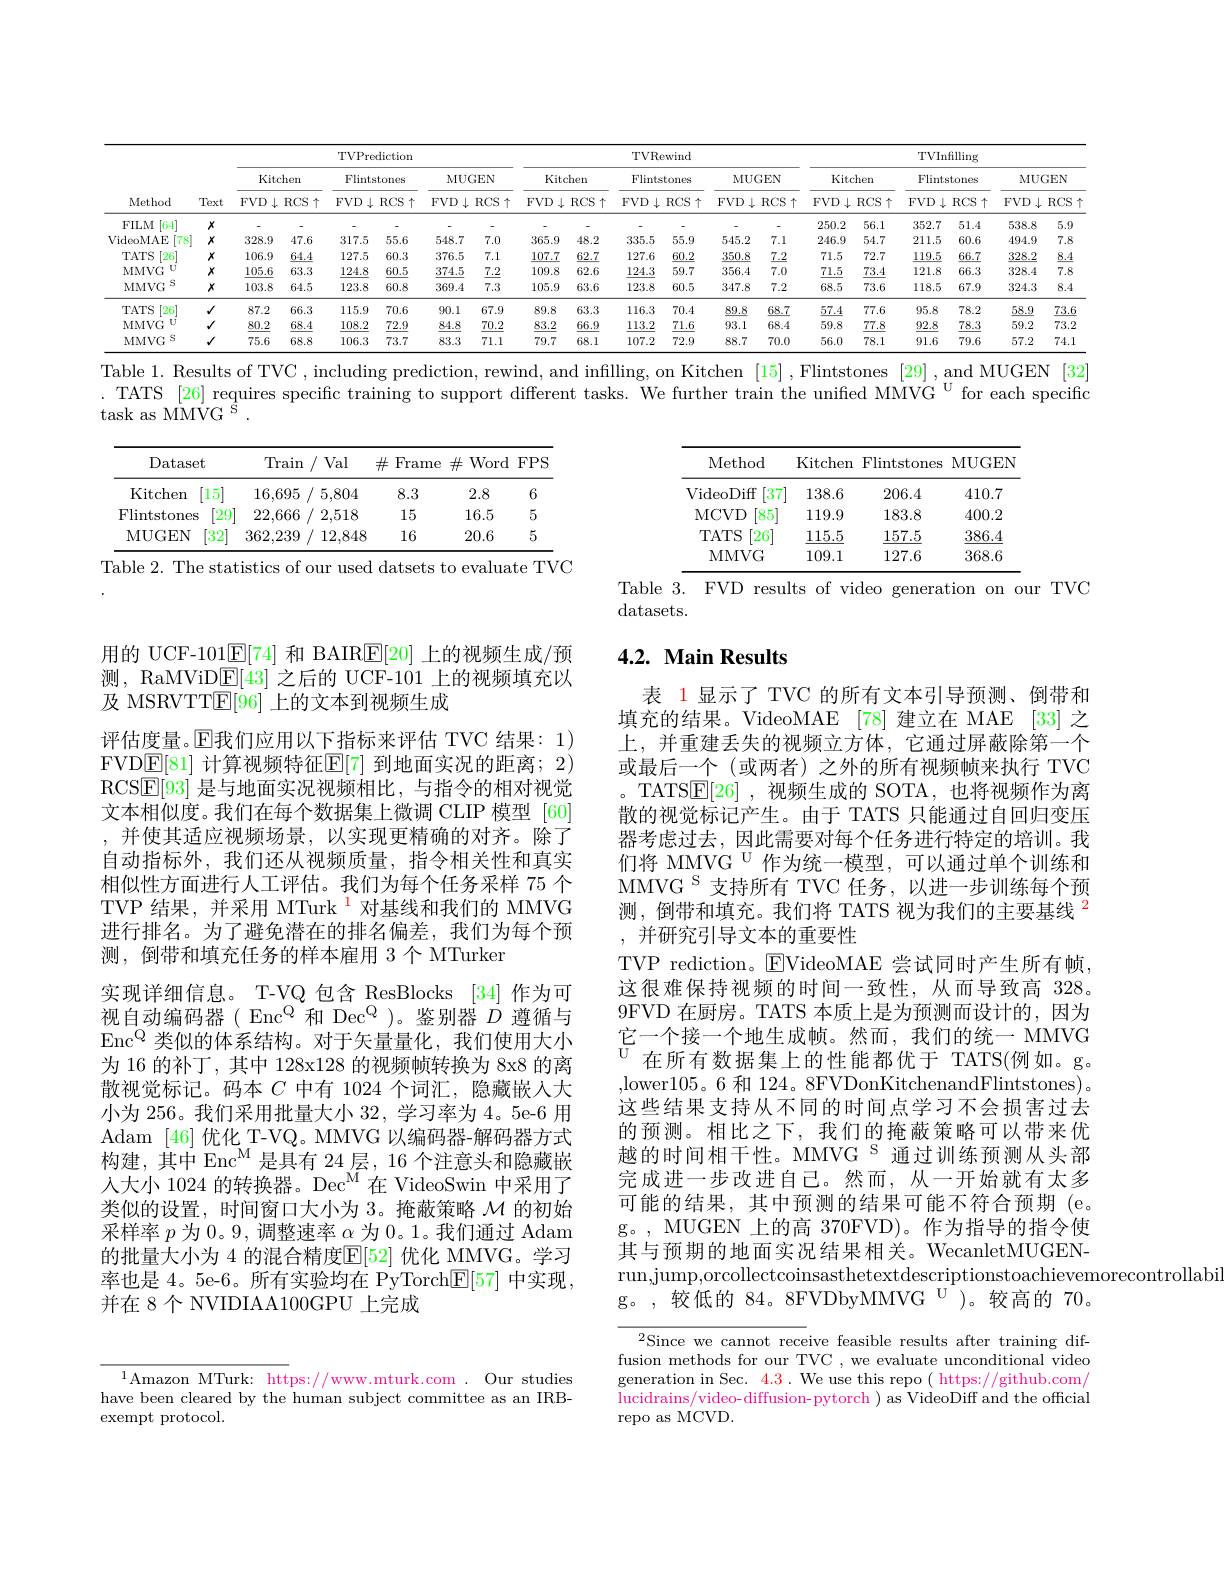
<table>
	<tbody>
		<tr>
			<th rowspan="3">Method</th>
			<th rowspan="3">Text</th>
			<th colspan="6">TVPrediction</th>
			<th> </th>
			<th colspan="7">TVRewind</th>
			<th> </th>
			<th colspan="5">TVInfilling</th>
		</tr>
		<tr>
			<th colspan="2">Kitchen</th>
			<th colspan="2">Flintstones</th>
			<th colspan="2">MUGEN</th>
			<th colspan="3">Kitchen</th>
			<th>Flint:</th>
			<th>Flintsto</th>
			<th>stones</th>
			<th colspan="2">MUGEN</th>
			<th> </th>
			<th rowspan="1">Kitchen</th>
			<th>Flir</th>
			<th rowspan="1">Flintstones</th>
			<th colspan="2">$MUGEN$</th>
		</tr>
		<tr>
			<th>$FVD\downarrow$</th>
			<th>$RCS\uparrow$</th>
			<th>$\downarrow$ $FVD$ $\frac{1}{2}=\frac{1}{2}$ $\frac{1}{2}$ </th>
			<th>$3CS\uparrow$</th>
			<th>$D\downarrow$ $RC_k$</th>
			<th>$RCS\uparrow$</th>
			<th>$1,\downarrow$ $FVD$ 1</th>
			<th>$RCS\uparrow$ 1</th>
			<th>$RCS\uparrow$</th>
			<th>FVD 1</th>
			<th>$7VD\downarrow$ $R$ </th>
			<th>$RCS\uparrow$</th>
			<th>$FVD\downarrow$ 1</th>
			<th>$D\downarrow$ $RCS$</th>
			<th>S 个 FV</th>
			<th>$)\downarrow1$ $RCS$</th>
			<th>FVD</th>
			<th>$RCS\uparrow$ $\downarrow$</th>
			<th>FVD $\downarrow$</th>
			<th>$RCS\uparrow$</th>
		</tr>
		<tr>
			<td>FILM [64]</td>
			<td>$x$</td>
			<td> </td>
			<td> </td>
			<td> </td>
			<td> </td>
			<td> </td>
			<td> </td>
			<td> </td>
			<td> </td>
			<td> </td>
			<td> </td>
			<td> </td>
			<td> </td>
			<td> </td>
			<td> </td>
			<td>$2_{i,}^{\mathbf{E}}$</td>
			<td>2 56.1</td>
			<td>352.</td>
			<td>51.4</td>
			<td>538.8</td>
			<td>5.9</td>
		</tr>
		<tr>
			<td>VideoMAE $\lceil78\rceil$</td>
			<td>$x$</td>
			<td>328.9</td>
			<td>47.6</td>
			<td>317.5</td>
			<td>55.6</td>
			<td>8.7 7.</td>
			<td>7.0</td>
			<td>365.9</td>
			<td>48.2</td>
			<td>48.2</td>
			<td>335.5</td>
			<td>335.5</td>
			<td>55.9</td>
			<td>545.2</td>
			<td>5.2 7.</td>
			<td>1 24</td>
			<td>.9 54.7</td>
			<td>211.</td>
			<td>60.6</td>
			<td>494.9</td>
			<td>7.8</td>
		</tr>
		<tr>
			<td>TATS $[26^*]$</td>
			<td>$x$</td>
			<td>106.9</td>
			<td>64.4</td>
			<td>127.5</td>
			<td>60.3</td>
			<td>6.5 7.</td>
			<td>7.1</td>
			<td>107.7</td>
			<td>62.7</td>
			<td>62.7</td>
			<td>127.6</td>
			<td>127.6</td>
			<td>60.2</td>
			<td>350.8</td>
			<td>0.8 7.</td>
			<td>$\underline{2}$ 7</td>
			<td>5 72.7</td>
			<td>119.!</td>
			<td>66.7</td>
			<td>328.2</td>
			<td>8.4</td>
		</tr>
		<tr>
			<td>1 MMVG</td>
			<td>$x$</td>
			<td>105.6</td>
			<td>63.3</td>
			<td>124.8</td>
			<td>60.5</td>
			<td>4.5 7.</td>
			<td>7.2</td>
			<td>109.8</td>
			<td>62.6</td>
			<td>62.6</td>
			<td>124.3</td>
			<td>124.3</td>
			<td>59.7</td>
			<td>356.4</td>
			<td>6.4 7.1</td>
			<td>0 7</td>
			<td>5 73.4</td>
			<td>121.</td>
			<td>66.3</td>
			<td>328.4</td>
			<td>7.8</td>
		</tr>
		<tr>
			<td>S $MMVG$</td>
			<td>$x$</td>
			<td>103.8</td>
			<td>64.5</td>
			<td>123.8</td>
			<td>60.8</td>
			<td>.9.4 7.</td>
			<td>7.3</td>
			<td>105.9</td>
			<td>63.6</td>
			<td>63.6</td>
			<td>123.8</td>
			<td>123.8</td>
			<td>60.5</td>
			<td>347.8</td>
			<td>7.8 7..</td>
			<td>2 6:</td>
			<td>5 73.6</td>
			<td>118.1</td>
			<td>67.9</td>
			<td>324.3</td>
			<td>8.4</td>
		</tr>
		<tr>
			<td>[26] TATS</td>
			<td>$√$</td>
			<td>87.2</td>
			<td>66.3</td>
			<td>115.9</td>
			<td>70.6</td>
			<td>67 $J.1$</td>
			<td>67.9</td>
			<td>89.8</td>
			<td>63.3</td>
			<td>63.3</td>
			<td>116.3</td>
			<td>116.3</td>
			<td>70.4</td>
			<td>89.8</td>
			<td>3.8 68.</td>
			<td>$\underline{-7}$ $\underline{5}$</td>
			<td>$\underline{4}$ 77.6</td>
			<td>95.8</td>
			<td>78.2</td>
			<td>58.9</td>
			<td>73.6</td>
		</tr>
		<tr>
			<td>MMVG $U$</td>
			<td>$√$</td>
			<td>80.2</td>
			<td>68.4</td>
			<td>108.2</td>
			<td>72.9</td>
			<td>4.8 70</td>
			<td>70.2</td>
			<td>83.2</td>
			<td>66.9</td>
			<td>66.9</td>
			<td>113.2</td>
			<td>113.2</td>
			<td>71.6</td>
			<td>93.1</td>
			<td>3.1 68.</td>
			<td>-4 5!</td>
			<td>8 77.8</td>
			<td>92.8</td>
			<td>78.3</td>
			<td>59.2</td>
			<td>73.2</td>
		</tr>
		<tr>
			<td>$;S$ MMVG</td>
			<td>$√$</td>
			<td>75.6</td>
			<td>68.8</td>
			<td>106.3</td>
			<td>73.7</td>
			<td>3.3 71</td>
			<td>71.1</td>
			<td>79.7</td>
			<td>68.1</td>
			<td>68.1</td>
			<td>107.2</td>
			<td>107.2</td>
			<td>72.9</td>
			<td>88.7</td>
			<td>3.7 70.</td>
			<td>.0 51</td>
			<td>0 78.1</td>
			<td>91.6</td>
			<td>79.6</td>
			<td>57.2</td>
			<td>74.1</td>
		</tr>
	</tbody>
</table>
Table 1. Results of TVC , including prediction, rewind, and infilling, on Kitchen [15], Flintstones [29], and MUGEN [32]

. TATS [26] requires specift training to support different tasks. We further train the unified MMVG $^{\mathrm{U}}$ for each specific

task as MMVG S

<table>
	<tbody>
		<tr>
			<th>Dataset</th>
			<th>Train Val </th>
			<th>Val</th>
			<th>$\#$Frame</th>
			<th>$\#$Word</th>
			<th>$FPS$</th>
		</tr>
		<tr>
			<td>Kitchen $15^{\cdot}$</td>
			<td>16,695 / 5,8C</td>
			<td>5,804</td>
			<td>8.3</td>
			<td>2.8</td>
			<td>6</td>
		</tr>
		<tr>
			<td>Flintstones [29</td>
			<td>22,666 2,51 </td>
			<td>2,518</td>
			<td>15</td>
			<td>16.5</td>
			<td>5</td>
		</tr>
		<tr>
			<td>MUGEN 32</td>
			<td>$12,\xi$ 362,239</td>
			<td>12,848</td>
			<td>16</td>
			<td>20.6</td>
			<td>5</td>
		</tr>
	</tbody>
</table>
Table 2. The statistics of our used datsets to evaluate TVC

<table>
	<tbody>
		<tr>
			<th>Method</th>
			<th>Kitchen</th>
			<th>Flintstones</th>
			<th>MUGEN</th>
		</tr>
		<tr>
			<td>VideoDiff $\lceil37$</td>
			<td>138.6</td>
			<td>206.4</td>
			<td>410.7</td>
		</tr>
		<tr>
			<td>85 MCVD</td>
			<td>119.9</td>
			<td>183.8</td>
			<td>400.2</td>
		</tr>
		<tr>
			<td>26 $TATS$</td>
			<td>115.5</td>
			<td>157.5</td>
			<td>386.4</td>
		</tr>
		<tr>
			<td>MMVG</td>
			<td>109.1</td>
			<td>127.6</td>
			<td>368.6</td>
		</tr>
	</tbody>
</table>
Table 3. FVD results of video generation on our TVC

datasets.

# 4.2. Main Results

用的 UCF-101$\underline{\mathrm{E}}[74]$和 BAIR$\underline{\mathrm{E}}[20]$上的视频生成/预测，RaMViD$\mathbb{E}[43]$之后的 UCF-101 上的视频填充以及 MSRVTTE[96]上的文本到视频生成
评估度量。$\operatorname{E}$我们应用以下指标来评估 TVC 结果：1) FVD$\mathbb{E}[81]$ 计算视频特征$\mathbb{E}[7]$ 到地面实况的距离；2) RCS$\boxed{\mathrm{E}}[93]$是与地面实况视频相比，与指令的相对视觉文本相似度。我们在每个数据集上微调 CLIP 模型 [60] ,并使其适应视频场景，以实现更精确的对齐。除了自动指标外，我们还从视频质量，指令相关性和真实相似性方面进行人工评估。我们为每个任务采样 75 个TVP 结果，并采用 MTurk $^{\color{red}{1}}$对基线和我们的 MMVG 进行排名。为了避免潜在的排名偏差，我们为每个预测，倒带和填充任务的样本雇用 3 个 MTurker
实现详细信息。T-VQ 包含 ResBlocks [34] 作为可视自动编码器( Enc$^\mathrm{Q}$和 Dec$^\mathrm{Q}$ )。鉴别器$D$遵循与En$c^Q$类似的体系结构。对于矢量量化，我们使用大小为 16 的补丁，其中 128x128 的视频帧转换为 8x8 的离散视觉标记。码本$C$中有 1024 个词汇，隐藏嵌人大小为 256。我们采用批量大小 32, 学习率为 4。5e-6 用Adam [46]优化 T-VQ。MMVG 以编码器-解码器方式构建，其中 Enc$^{\mathrm{M}}$是具有 24 层，16 个注意头和隐藏嵌人大小 1024 的转换器。Dec$^\mathrm{M}$在 VideoSwin 中采用了类似的设置，时间窗口大小为 3。掩蔽策略$\mathcal{M}$的初始采样率$p$为 0。9, 调整速率$\alpha$为 0。1。我们通过 Adam 的批量大小为 4 的混合精度$\mathbb{E}[52]$ 优化 MMVG。学习率也是 4。5e-6。所有实验均在 PyTorchE[ 57] 中实现并在 8 个 NVIDIAA100GPU 上完成

表 1显示了 TVC 的所有文本引导预测、倒带和填充的结果。VideoMAE [78] 建立在 MAE [33] 之上，并重建丢失的视频立方体，它通过屏蔽除第一个或最后一个 (或两者) 之外的所有视频帧来执行 TVC , TATS$\underline{\mathrm{E}}[26]$ ,视频生成的 SOTA, 也将视频作为离散的视觉标记产生。由于 TATS 只能通过自回归变压器考虑过去，因此需要对每个任务进行特定的培训。我们将 MMVG $^{\mathrm{U}}$作为统一模型，可以通过单个训练和MMVG S 支持所有 TVC 任务，以进一步训练每个预测，倒带和填充。我们将 TATS 视为我们的主要基线$^{2}$ ,并研究引导文本的重要性
TVP rediction。$\boxed{\mathrm{E}}$VideoMAE 尝试同时产生所有帧， 这很难保持视频的时间一致性，从而导致高 328。9FVD 在厨房。TATS 本质上是为预测而设计的，因为它一个接一个地生成帧。然而，我们的统一 MMVG 在所有数据集上的性能都优于 TATS(例如。g。,lower105。6 和 124。8FVDonKitchenandFlintstones)。这些结果支持从不同的时间点学习不会损害过去的预测。相比之下，我们的掩蔽策略可以带来优越的时间相干性。MMVG S 通过训练预测从头部完成进一步改进自己。然而，从一开始就有太多可能的结果，其中预测的结果可能不符合预期(e。g。, MUGEN 上的高 370FVD)。作为指导的指令使其与预期的地面实况结果相关。WecanletMUGENrun,jump,orcollectcoinsasthetextdescriptionstoachievemorecontrollabi
g。,较低的 84。8FVDbyMMVG $^{\mathrm{U}})$。较高的 70。

$^{2}$Since we cannot receive feasible results after training diffusion methods for our TVC , we evaluate unconditional video generation in Sec. 4.3. We use this repo ( https://github.com/ lucidrains/video-diffusion-pytorch ) as VideoDiff and the official repo as MCVD.

$^{1}$Amazon MTurk: https://www.mturk.com . Our studies have been cleared by the human subject committee as an IRBexempt protocol.